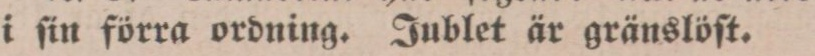
i ſin förra ordning. Jublet är gränslöſt.